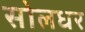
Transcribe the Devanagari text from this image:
सोलधर